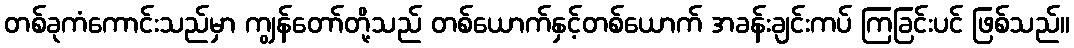
တစ်ခုကံကောင်းသည်မှာ ကျွန်တော်တို့သည် တစ်ယောက်နှင့်တစ်ယောက် အခန်းချင်းကပ် ကြခြင်းပင် ဖြစ်သည်။